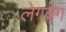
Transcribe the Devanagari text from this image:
लेगब्रेग